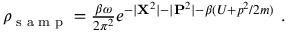
\begin{array} { r } { \rho _ { \textrm { s a m p } } = \frac { \beta \omega } { 2 \pi ^ { 2 } } e ^ { - | { \bf { X } } ^ { 2 } | - | { \bf { P } } ^ { 2 } | - \beta ( U + p ^ { 2 } / 2 m ) } \mathrm { ~ . ~ } } \end{array}